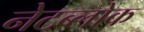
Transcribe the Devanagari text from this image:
नेटब्लोक